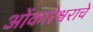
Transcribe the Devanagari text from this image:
ओंकारेश्वराचे